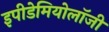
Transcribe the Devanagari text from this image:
इपीडेमियोलॉजी